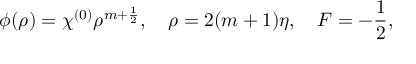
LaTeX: \phi ( \rho ) = \chi ^ { ( 0 ) } \rho ^ { m + \frac 1 2 } , \quad \rho = 2 ( m + 1 ) \eta , \quad F = - \frac 1 2 ,